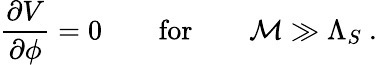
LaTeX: \frac{\partial V}{\partial{\cal\phi}}=0\quad\quad\mathrm{for}\quad\quad{\cal M}\gg{\Lambda_{S}}\ .